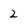
Character: 2